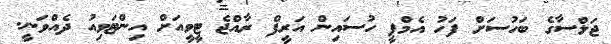
ޖަލްސާގެ ބަހުސަށް ފަހު އެމްޕީ ހުސައިން އަރީފް ރާއްޖެ ޓީވީއަށް އިންޓަވިއު ދެއްވަނީ.